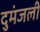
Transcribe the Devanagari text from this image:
दुमंजली